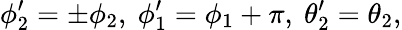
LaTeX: \phi_{2}^{\prime}=\pm\phi_{2},\ \phi_{1}^{\prime}=\phi_{1}+\pi,\ \theta_{2}^{\prime}=\theta_{2},